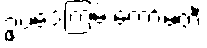
ဥပဒေကြမ်းကော်မတီ